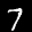
Label: 7